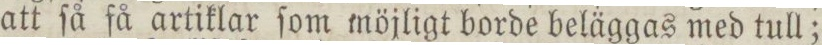
att ſå få artiklar ſom möjligt borde beläggas med tull;